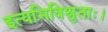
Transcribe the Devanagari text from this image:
इत्यभिविश्रुताः।